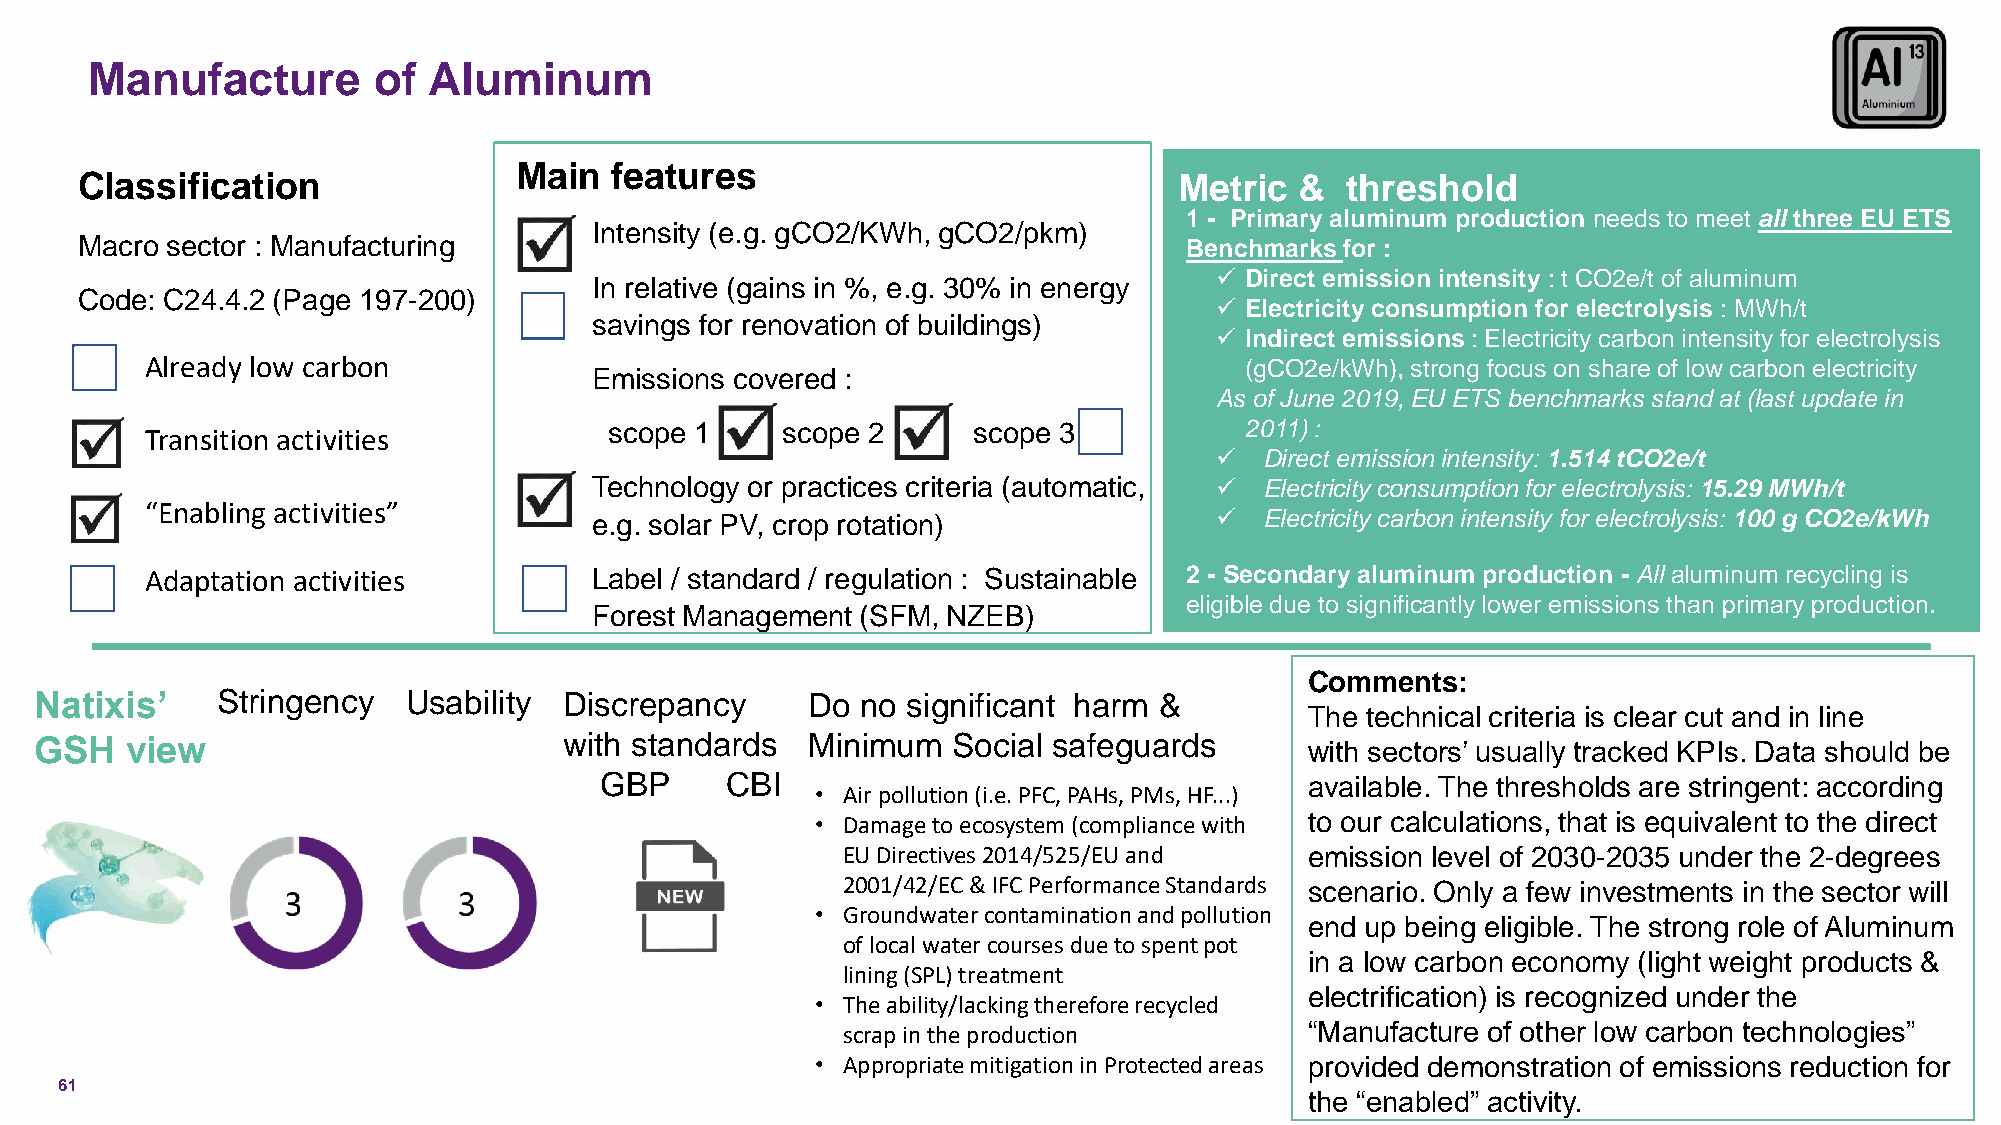
Manufacture        of Aluminum
 Main  features
 Classification                                                           Metric  &  threshold
 1 - Primary aluminum production needs to meet all three EU ETS
 Intensity (e.g. gCO2/KWh, gCO2/pkm)
 Macro sector : Manufacturing                                              Benchmarks for :
 ✓ Direct emission intensity : t CO2e/t of aluminum
 In relative (gains in %, e.g. 30% in energy
 Code: C24.4.2 (Page 197-200)
 ✓ Electricity consumption for electrolysis : MWh/t
 savings for renovation of buildings)
 ✓ Indirect emissions : Electricity carbon intensity for electrolysis
 Already low carbon                                                      (gCO2e/kWh), strong focus on share of low carbon electricity
 Emissions covered :
 As of June 2019, EU ETS benchmarks stand at (last update in
 Transition activities         scope 1     scope 2     scope 3           2011) :
 ✓   Direct emission intensity: 1.514 tCO2e/t
 Technology or practices criteria (automatic, ✓ Electricity consumption for electrolysis: 15.29 MWh/t
 “Enabling activities”
 e.g. solar PV, crop rotation)            ✓   Electricity carbon intensity for electrolysis: 100 g CO2e/kWh
 Adaptation activities        Label / standard / regulation : Sustainable 2 - Secondary aluminum production - All aluminum recycling is
 eligible due to significantly lower emissions than primary production.
 Forest Management (SFM, NZEB)
 Comments:
 Natixis’    Stringency   Usability Discrepancy     Do  no significant harm &
 The technical criteria is clear cut and in line
 GSH   view                         with standards  Minimum   Social safeguards       with sectors’ usually tracked KPIs. Data should be
 GBP     CBI                                    available. The thresholds are stringent: according
 • Air pollution (i.e. PFC, PAHs, PMs, HF...)
 • Damage to ecosystem (compliance with to our calculations, that is equivalent to the direct
 EU Directives 2014/525/EU and  emission level of 2030-2035 under the 2-degrees
 2001/42/EC & IFC Performance Standards scenario. Only a few investments in the sector will
 • Groundwater contamination and pollution
 end up being eligible. The strong role of Aluminum
 of local water courses due to spent pot
 in a low carbon economy (light weight products &
 lining (SPL) treatment
 electrification) is recognized under the
 • The ability/lacking therefore recycled
 scrap in the production        “Manufacture of other low carbon technologies”
 • Appropriate mitigation in Protected areas provided demonstration of emissions reduction for
 61
 the “enabled” activity.
 C1 -Public Natixis